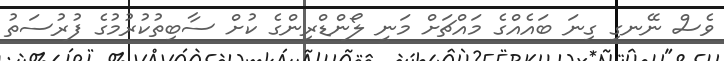
ވެސް ނޭނގި ގިނަ ބައެއްގެ މައްޗަށް މަނީ ލޯންޑްރިންގެ ކުށް ސާބިތުކުރުމުގެ ފުރުސަތު